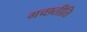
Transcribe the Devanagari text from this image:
गच्छतीति